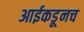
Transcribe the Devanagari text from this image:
आईकडूनच